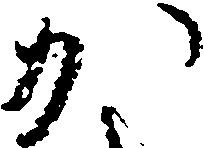
か